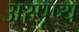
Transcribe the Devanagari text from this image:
अस्पृष्य